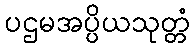
ပဌမအပ္ပိယသုတ္တံ